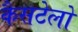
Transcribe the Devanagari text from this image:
कैसटेलो